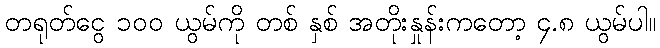
တရုတ်ငွေ ၁၀၀ ယွမ်ကို တစ် နှစ် အတိုးနှုန်းကတော့ ၄.၈ ယွမ်ပါ။